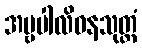
အမ္ဗပါလိဝနသုတ္တံ